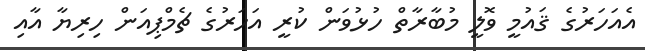
އެއަހަރުގެ ޤައުމީ ވޮލީ މުބާރާތް ހުޅުވަން ކުރީ އަހަރުގެ ޗެމްޕިއަން ހިރިޔާ އާއި